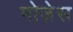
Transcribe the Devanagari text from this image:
मोजे़स